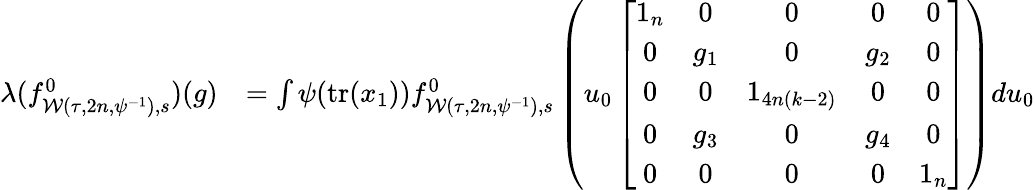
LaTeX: \begin{array}{rl}{\lambda(f_{\mathcal{W}(\tau,2n,\psi^{-1}),s}^{0})(g)}&{=\int\psi(\mathrm{tr}(x_{1}))f_{\mathcal{W}(\tau,2n,\psi^{-1}),s}^{0}\left(u_{0}\left[\begin{array}{ccccc}{1_{n}}&{0}&{0}&{0}&{0}\\ {0}&{g_{1}}&{0}&{g_{2}}&{0}\\ {0}&{0}&{1_{4n(k-2)}}&{0}&{0}\\ {0}&{g_{3}}&{0}&{g_{4}}&{0}\\ {0}&{0}&{0}&{0}&{1_{n}}\end{array}\right]\right)du_{0}}\end{array}